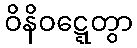
ဝိနိဝဋ္ဋေတွာ